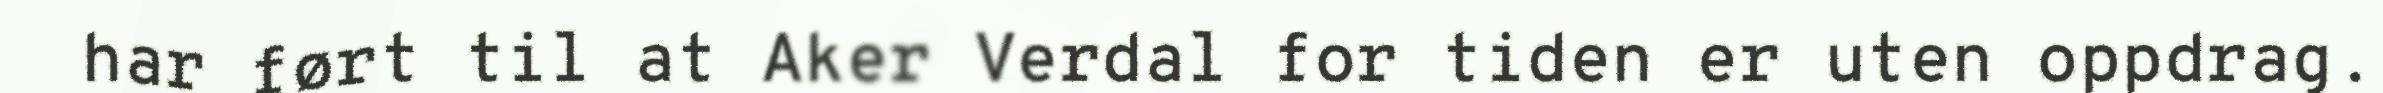
har ført til at Aker Verdal for tiden er uten oppdrag.